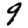
Digit: 9